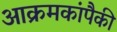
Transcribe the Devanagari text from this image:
आक्रमकांपैकी